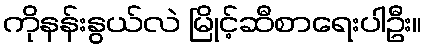
ကိုနန်းနွယ်လဲ မြိုင့်ဆီစာရေးပါဦး။